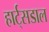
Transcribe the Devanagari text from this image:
हार्ट्‌सडाल